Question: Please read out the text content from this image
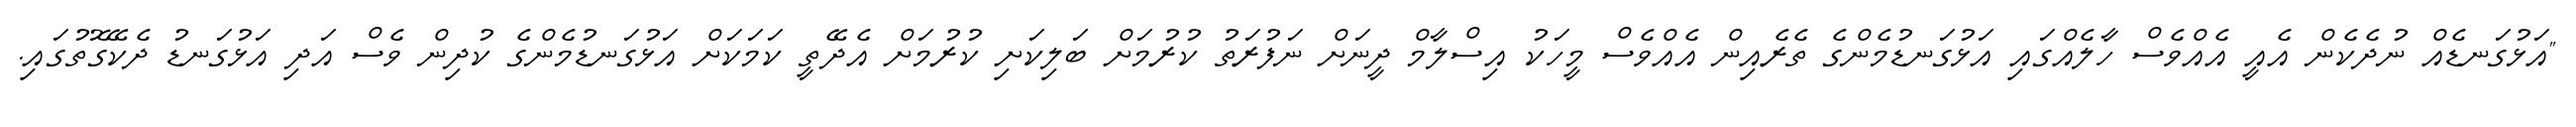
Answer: "އަޅުގަނޑެއް ނުދެކެން އެއީ އެއްވެސް ހާލެއްގައި އަޅުގަނޑުމެންގެ ތެރެއިން އެއްވެސް މީހަކު އިސްލާމް ދީނަށް ނަފުރަތު ކުރުމަށް ބަލިކަށި ކުރުމަށް އެދޭތީ ކަމަކަށް އަޅުގަނޑުމެންގެ ކުދިން ވެސް އަދި އަޅުގަނޑު ދެކޭގޮތުގައި.